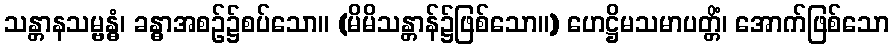
သန္တာနသမ္ဗန္ဓံ၊ ခန္ဓာအစဉ်၌စပ်သော။ (မိမိသန္တာန်၌ဖြစ်သော။) ဟေဋ္ဌိမသမာပတ္တိံ၊ အောက်ဖြစ်သော